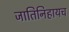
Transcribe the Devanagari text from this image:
जातिनिहायच